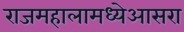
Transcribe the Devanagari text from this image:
राजमहालामध्येआसरा